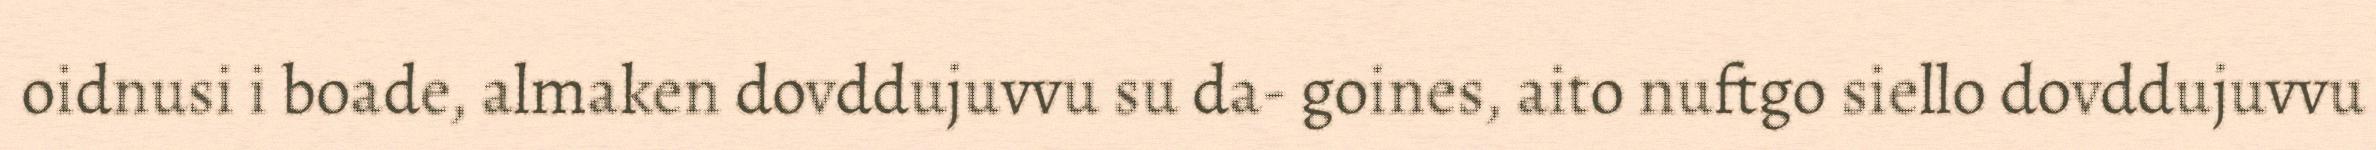
oidnusi i boade, almaken dovddujuvvu su da- goines, aito nuftgo siello dovddujuvvu